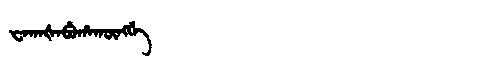
Manchu: ᠸᠠᡴᠠᡧᠠᠪᡠᡥᠠᡴᡡᠩᡤᡝ
Romanization: WAKAŠABUHAKŪNGGE